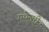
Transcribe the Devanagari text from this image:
एथेन्सी